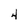
Character: 4